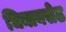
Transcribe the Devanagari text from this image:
चिनायसेठ